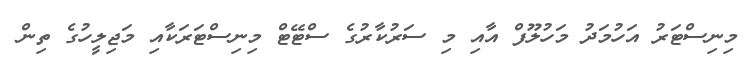
މިނިސްޓަރު އަހުމަދު މަހުލޫފް އާއި މި ސަރުކާރުގެ ސްޓޭޓް މިނިސްޓަރަކާއި މަޖިލީހުގެ ތިން